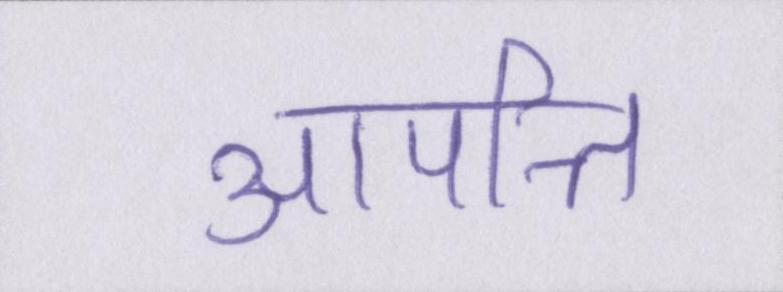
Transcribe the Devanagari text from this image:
आपत्ति